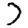
Digit: 7